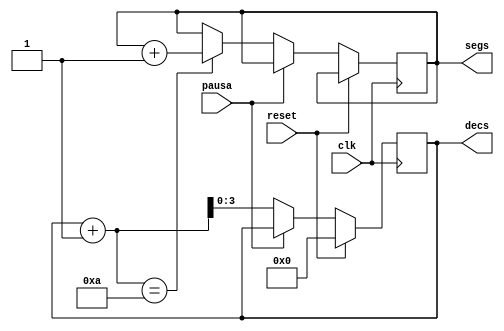
module contador_intern (
  input clk,
  input reset,
  input pausa,
  output reg[3:0] decs,
  output reg[9:0] segs
);

always @ (posedge clk) begin  
  if (reset)  
    decs <= 0;  
  else if (pausa)
    decs <= decs;
  else begin
    decs <= decs + 1;
    if(decs + 1 == 10)
      segs = segs + 1;
  end
end  
endmodule